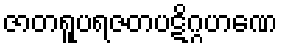
ဇာတရူပရဇတပဋိဂ္ဂဟဏေ